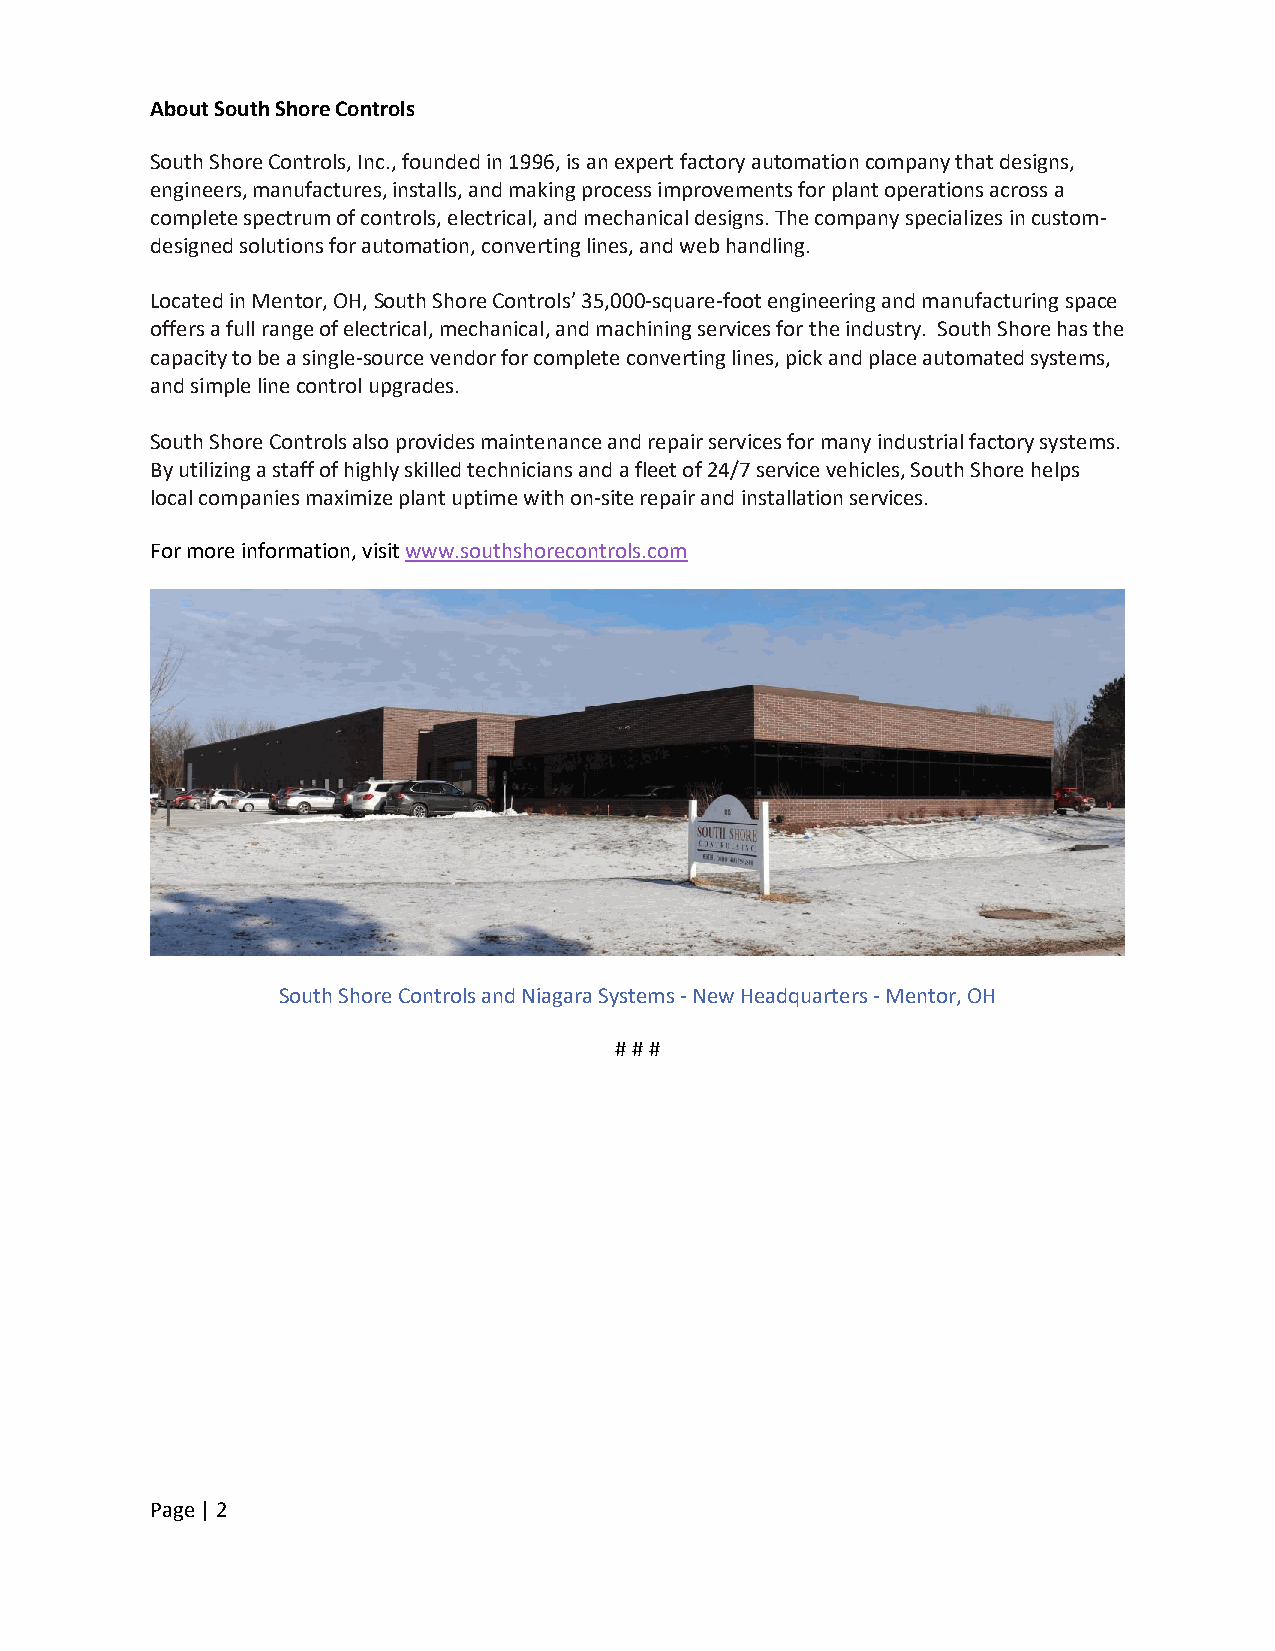
About South Shore Controls
 South Shore Controls, Inc., founded in 1996, is an expert factory automation company that designs,
 engineers, manufactures, installs, and making process improvements for plant operations across a
 complete spectrum of controls, electrical, and mechanical designs. The company specializes in custom-
 designed solutions for automation, converting lines, and web handling.
 Located in Mentor, OH, South Shore Controls’ 35,000-square-foot engineering and manufacturing space
 offers a full range of electrical, mechanical, and machining services for the industry. South Shore has the
 capacity to be a single-source vendor for complete converting lines, pick and place automated systems,
 and simple line control upgrades.
 South Shore Controls also provides maintenance and repair services for many industrial factory systems.
 By utilizing a staff of highly skilled technicians and a fleet of 24/7 service vehicles, South Shore helps
 local companies maximize plant uptime with on-site repair and installation services.
 For more information, visit www.southshorecontrols.com
 South Shore Controls and Niagara Systems - New Headquarters - Mentor, OH
 # # #
 Page | 2